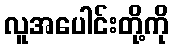
လူအပေါင်းတို့ကို